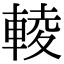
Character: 輘